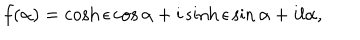
f ( \alpha ) = \cosh \epsilon \cos \alpha + i \sinh \epsilon \sin \alpha + i l \alpha ,